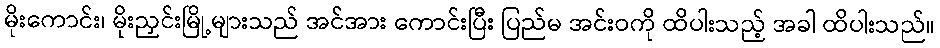
မိုးကောင်း၊ မိုးညှင်းမြို့များသည် အင်အား ကောင်းပြီး ပြည်မ အင်းဝကို ထိပါးသည့် အခါ ထိပါးသည်။